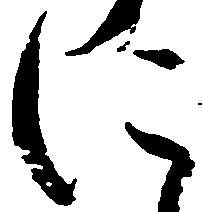
に